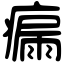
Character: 瘺